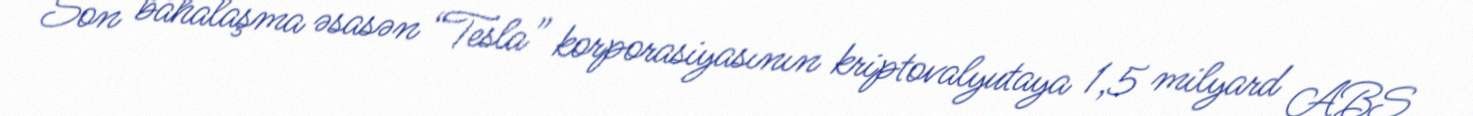
Son bahalaşma əsasən “Tesla” korporasiyasının kriptovalyutaya 1,5 milyard ABŞ